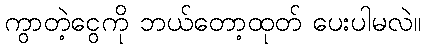
ကွာတဲ့ငွေကို ဘယ်တော့ထုတ် ပေးပါမလဲ။